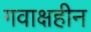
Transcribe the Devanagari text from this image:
गवाक्षहीन